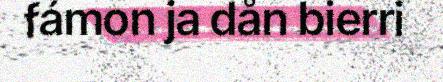
fámon ja dån bierri